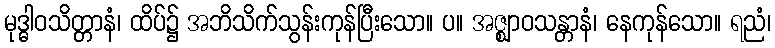
မုဒ္ဓါဝသိတ္တာနံ၊ ထိပ်၌ အဘိသိက်သွန်းကုန်ပြီးသော။ ပ။ အဇ္ဈာဝသန္တာနံ၊ နေကုန်သော။ ရညံ၊